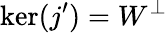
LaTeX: \ker(j^{\prime})=W^{\perp}